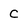
Character: c